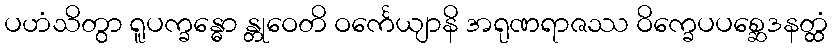
ပဟံသိတွာ ရူပက္ခန္ဓော န္တုဝေတိ ဝင်္ကေယျာနိ အရုဏရာဇဿ ဝိက္ခေပပစ္ဆေဒနတ္ထံ